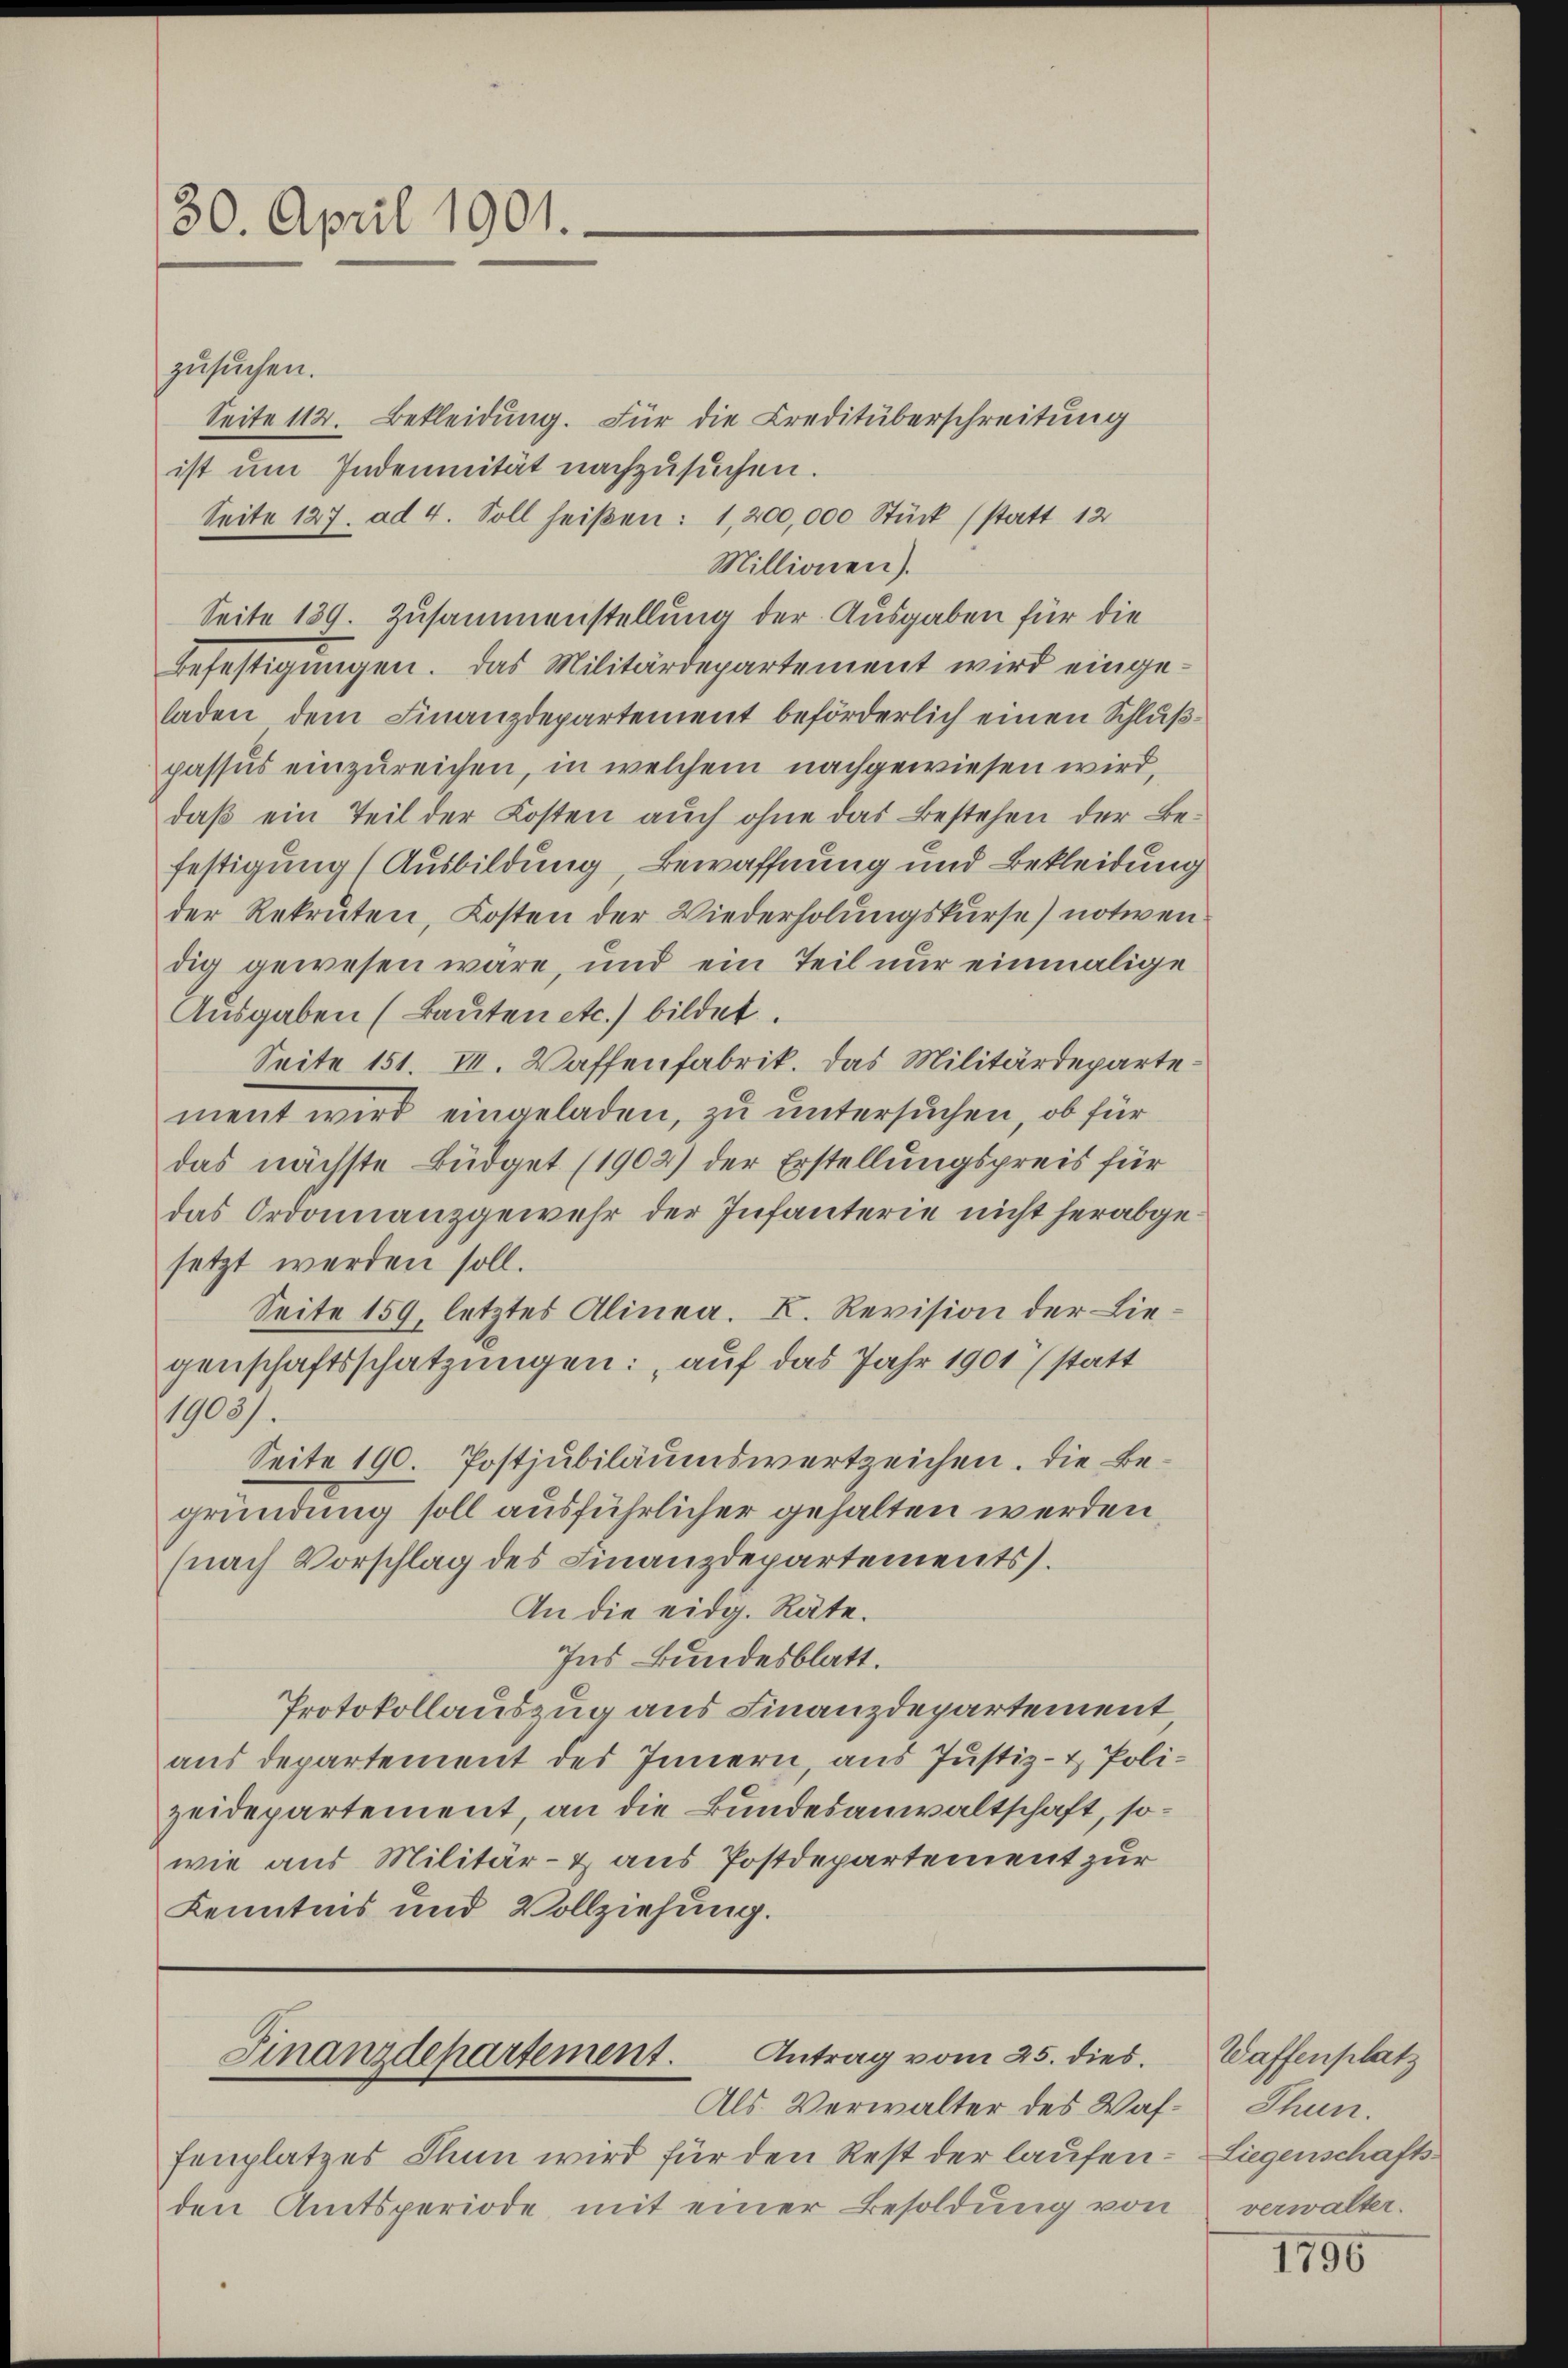
30. April 1901.

zusuchen.
Seite 112. Bekleidung. Für die Creditüberschreitung
ist um Indemnität nachzusuchen.
Seite 127. ad 4. Soll heißen: 1,200,000 Stück (statt 12
Millionen).
Seite 139. Zusammenstellung der Ausgaben für die
Befestigungen. Das Militärdepartement wird eingeladen dem Finanzdepartement beförderlich einen Schlußpassus einzureichen, in welchem nachgewiesen wird,
daß ein Teil der Kosten auch ohne das Bestehen der Befestigung (Ausbildung, Bewaffnung und Bekleidung
der Rekruten, Kosten der Wiederholungskurse notwen
dig gewesen wäre, und ein Teil nur einmalige
Ausgaben (Bauten etc.) bildet.
Seite 151. II. Waffenfabrik. Das Militärdepartement wird eingeladen, zu untersuchen, ob für
das nächste Büdget (1902) der Erstellungspreis für
das Ordonnanzgewehr der Infanterie nicht herabgesetzt werden soll.
Seite 159, letztes Alinea. K. Revision der Liegenschaftsschatzungen: „auf das Jahr 1901 statt
1900/
Seite 190. Postjubiläumswertzeichen. Die Begründung soll ausführlicher gehalten werden
(nach Vorschlag des Finanzdepartements.
An die eidg. Räte.
Ins Bundesblatt.
Protokollauszug aus Finanzdepartement
aus departement des Innern, aus Justiz- & Polizeidepartement, an die Bundesanwaltschaft, sowie aus Militär- & aus Postdepartement zur
Kenntnis und Vollziehung.

fenplatzes Thun wird für den Rest der laufen - Liegenschaftsden Amtsperiode, mit einer Besoldung von

Finanzdepartement. Antrag vom 25. dies
Als Verwalter des Waf¬

Waffenplatz
Thun.
verwalter.

1796